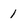
Character: 1